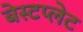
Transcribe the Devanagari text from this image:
बेस्टप्लेट